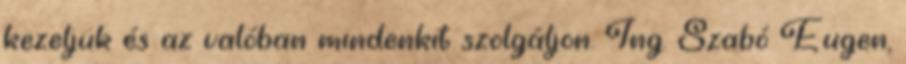
kezeljük és az valóban mindenkit szolgáljon. Ing. Szabó Eugen,